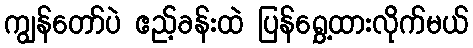
ကျွန်တော်ပဲ ဧည့်ခန်းထဲ ပြန်ရွှေ့ထားလိုက်မယ်